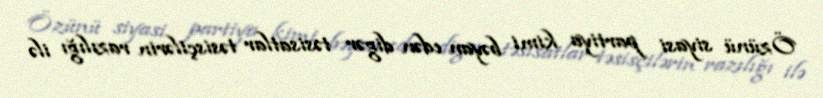
Özünü siyasi partiya kimi bəyan edən digər təsisatlar təsisçilərin razılığı ilə